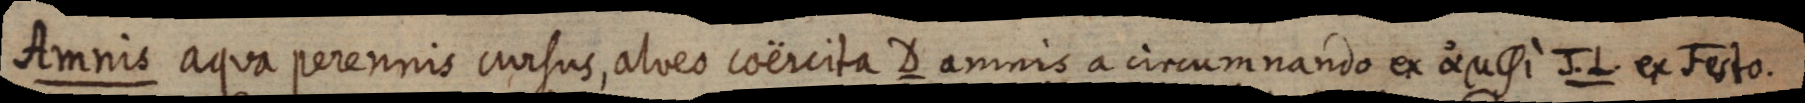
Amnis aqua perennis cursus, alveo coërcita D amnis a circumnando ex J. L. ex Festo.